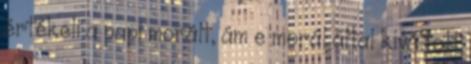
értékeli a papi morált, ám e morál által kiváltott